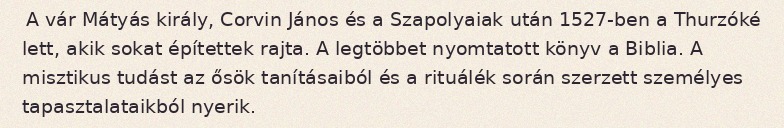
A vár Mátyás király, Corvin János és a Szapolyaiak után 1527-ben a Thurzóké lett, akik sokat építettek rajta. A legtöbbet nyomtatott könyv a Biblia. A misztikus tudást az ősök tanításaiból és a rituálék során szerzett személyes tapasztalataikból nyerik.